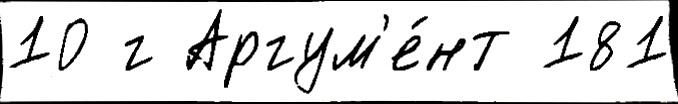
10 г Аргум'е́нт 181